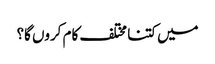
میں کتنا مختلف کام کروں گا؟